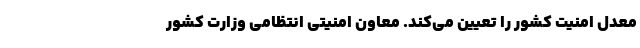
معدل امنیت کشور را تعیین می‌کند. معاون امنیتی انتظامی وزارت کشور